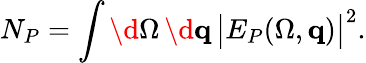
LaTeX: N_{P}=\int\d\Omega\, \d{\mathbf q}\, \big|E_{P}(\Omega,{\mathbf q})\big|^{2}.